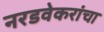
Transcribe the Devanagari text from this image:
नरडवेकरांचा